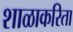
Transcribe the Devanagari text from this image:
शाळाकरिता